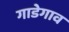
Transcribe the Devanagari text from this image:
गाडेगाव